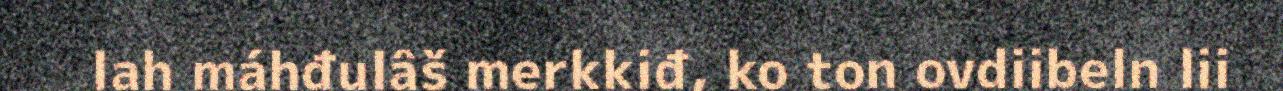
lah máhđulâš merkkiđ, ko ton ovdiibeln lii